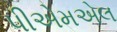
પીએમએલ